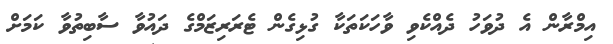
އިމްރާން އެ ދުވަހު ދެއްކެވި ވާހަކަތަކާ ގުޅިގެން ޓެރަރިޒަމްގެ ދައުވާ ސާބިތުވާ ކަމަށް